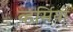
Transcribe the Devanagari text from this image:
व्हर्मियों